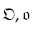
{ \mathfrak { O } } , { \mathfrak { o } }